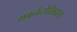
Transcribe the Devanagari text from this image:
गबर्नटोलियल